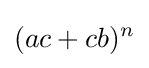
(ac+cb)^{n}